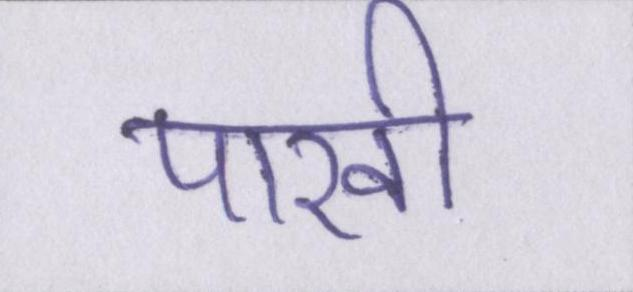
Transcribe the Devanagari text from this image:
पाखी